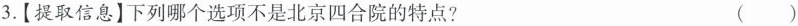
3.【提取信息】下列哪个选项不是北京四合院的特点? ( )